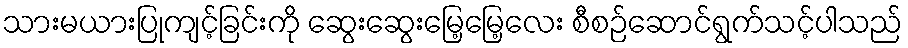
သားမယားပြုကျင့်ခြင်းကို ဆွေးဆွေးမြေ့မြေ့လေး စီစဉ်ဆောင်ရွက်သင့်ပါသည်